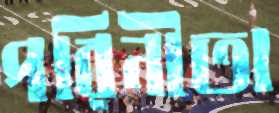
পরিনীতা